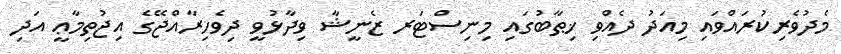
މެދުވެރިކުރައްވައި މިއަދު ދެއްވި ޚިޠާބުގައި މިނިސްޓަރ ޒެނީޝާ ވިދާޅުވީ ދިވެހިރާއްޖޭގެ އިޖުތިމާޢީ އަދި